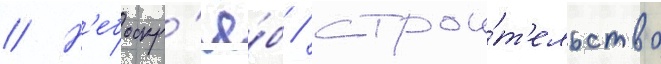
// Н'ебоскр'ё́б / строи́т'ельство